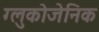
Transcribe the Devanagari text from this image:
ग्लुकोजेनिक